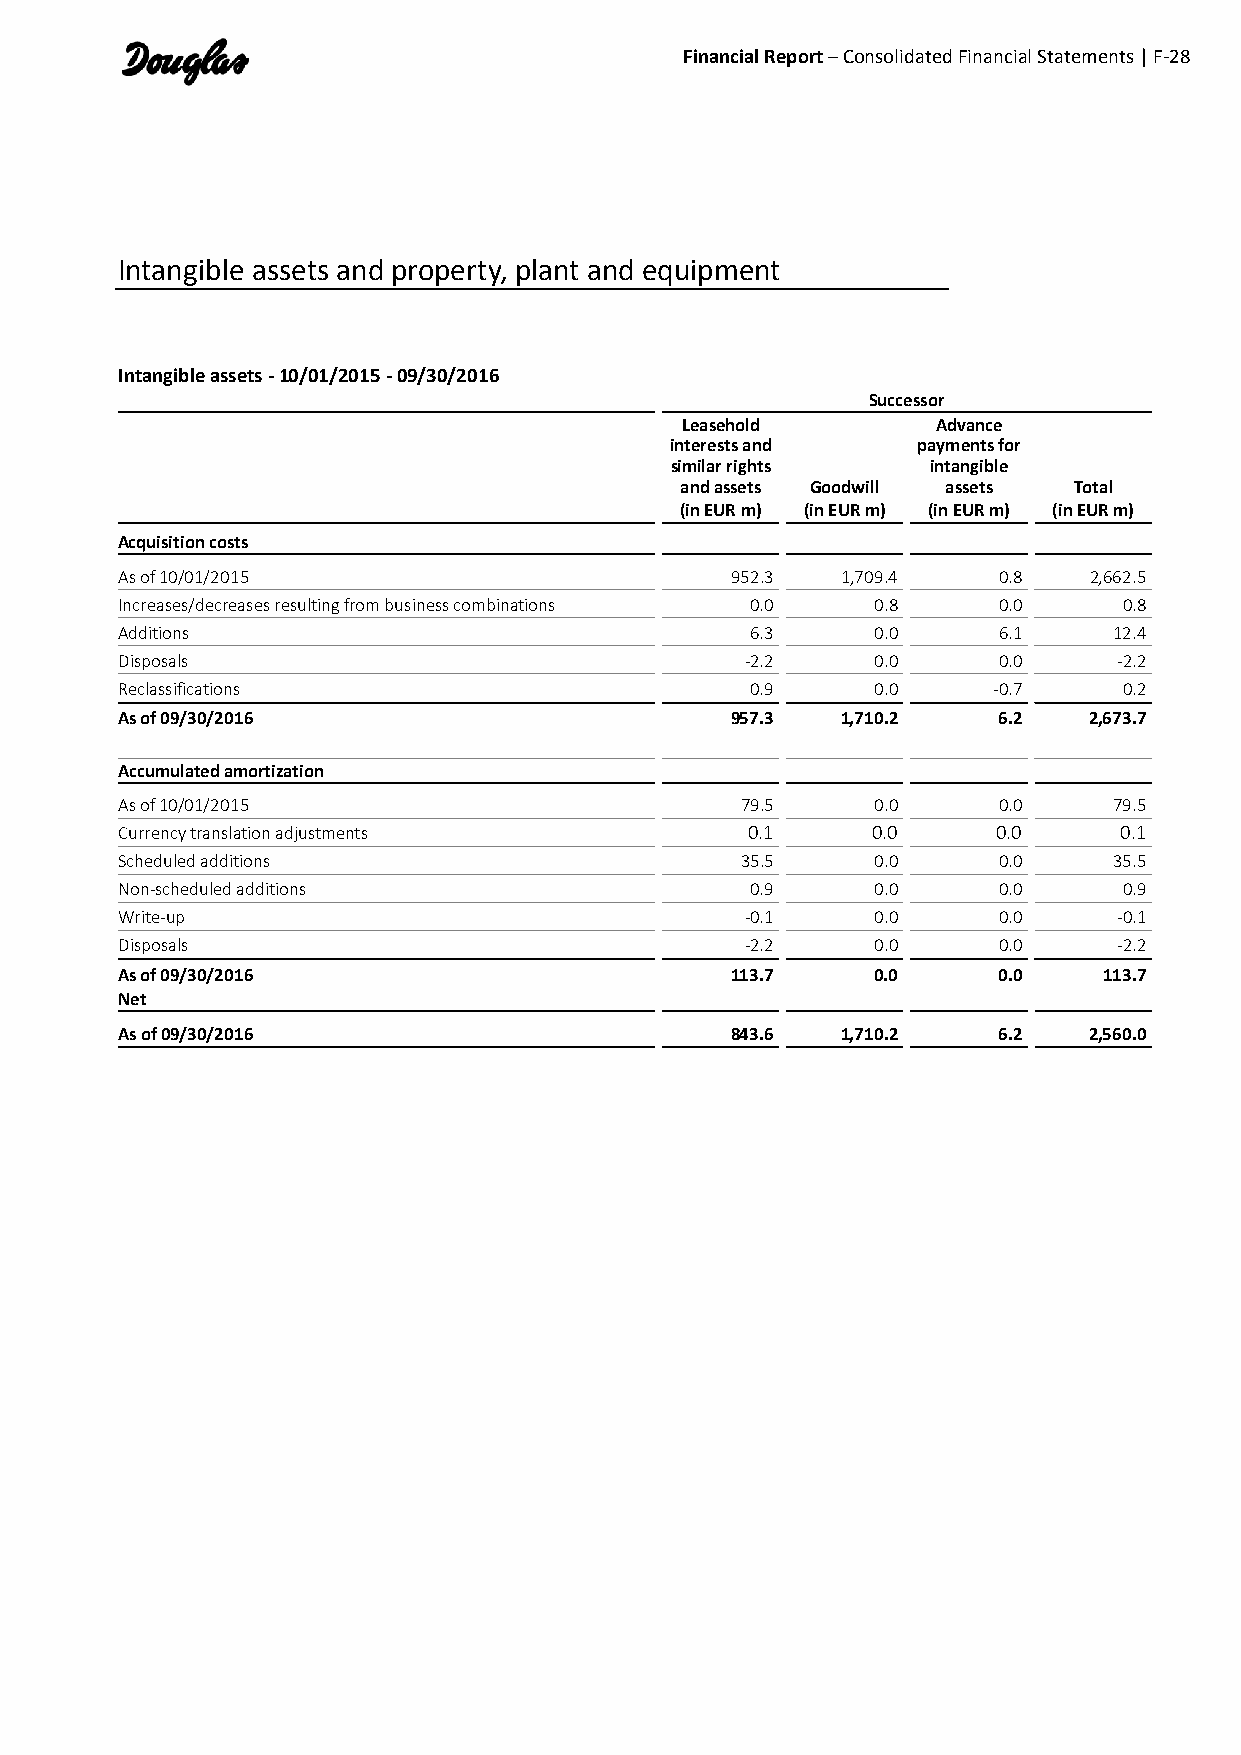
Financial Report – Consolidated Financial Statements | F-28
 Intangible assets and property, plant and equipment
 Intangible assets - 10/01/2015 - 09/30/2016
 Successor
 Leasehold        Advance
 interests and    payments for
 similar rights    intangible
 and assets Goodwill assets Total
 (in EUR m) (in EUR m) (in EUR m) (in EUR m)
 Acquisition costs
 As of 10/01/2015                        952.3   1,709.4   0.8   2,662.5
 Increases/decreases resulting from business combinations 0.0 0.8 0.0 0.8
 Additions                                 6.3     0.0     6.1     12.4
 Disposals                                -2.2     0.0     0.0     -2.2
 Reclassifications                         0.9     0.0     -0.7    0.2
 As of 09/30/2016                        957.3   1,710.2   6.2   2,673.7
 Accumulated amortization
 As of 10/01/2015                         79.5     0.0     0.0     79.5
 Currency translation adjustments         0.1      0.0     0.0     0.1
 Scheduled additions                      35.5     0.0     0.0     35.5
 Non-scheduled additions                   0.9     0.0     0.0     0.9
 Write-up                                 -0.1     0.0     0.0     -0.1
 Disposals                                -2.2     0.0     0.0     -2.2
 As of 09/30/2016                        113.7     0.0     0.0    113.7
 Net
 As of 09/30/2016                        843.6   1,710.2   6.2   2,560.0